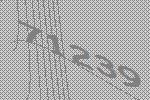
71239